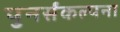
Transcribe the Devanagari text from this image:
पुनर्संकल्पना